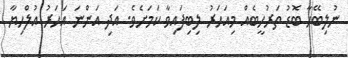
ނުލިބޭހާ ބޮޑު ތަރުހީބެއް މިއަހަރު ލިބިފައިވާ ކަމަށެވެ. އަދި އަންނަ އަހަރު އުލްހިޔާ